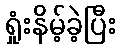
ရှုံးနိမ့်ခဲ့ပြီး